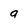
Character: a